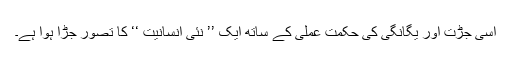
اسی جڑت اور یگانگی کی حکمتِ عملی کے ساتھ ایک ’’ نئی انسانیت ‘‘ کا تصور جڑا ہوا ہے۔